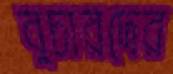
বুচারদের